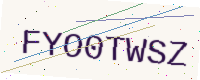
Text: FYO0TWSZ